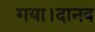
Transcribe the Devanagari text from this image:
गया।दानव